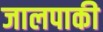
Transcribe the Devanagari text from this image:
जालपाकी